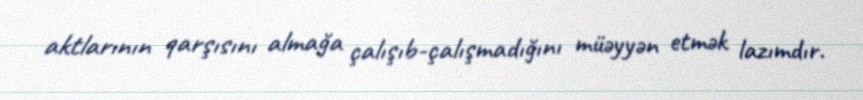
aktlarının qarşısını almağa çalışıb-çalışmadığını müəyyən etmək lazımdır.